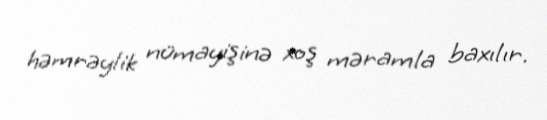
həmrəylik nümayişinə xoş məramla baxılır.